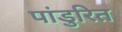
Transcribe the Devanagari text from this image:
पांडुरित